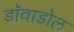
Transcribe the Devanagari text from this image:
डाॅवाडोल